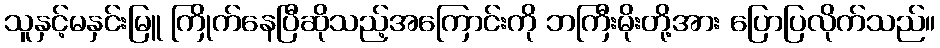
သူနှင့်မနှင်းမြူ ကြိုက်နေပြီဆိုသည့်အကြောင်းကို ဘကြီးမိုးတို့အား ပြောပြလိုက်သည်။